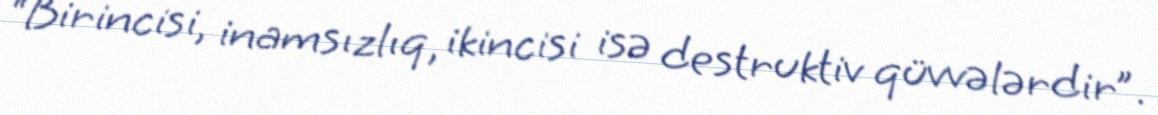
“Birincisi, inamsızlıq, ikincisi isə destruktiv qüvvələrdir”.